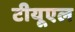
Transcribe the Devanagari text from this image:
टीयूएल